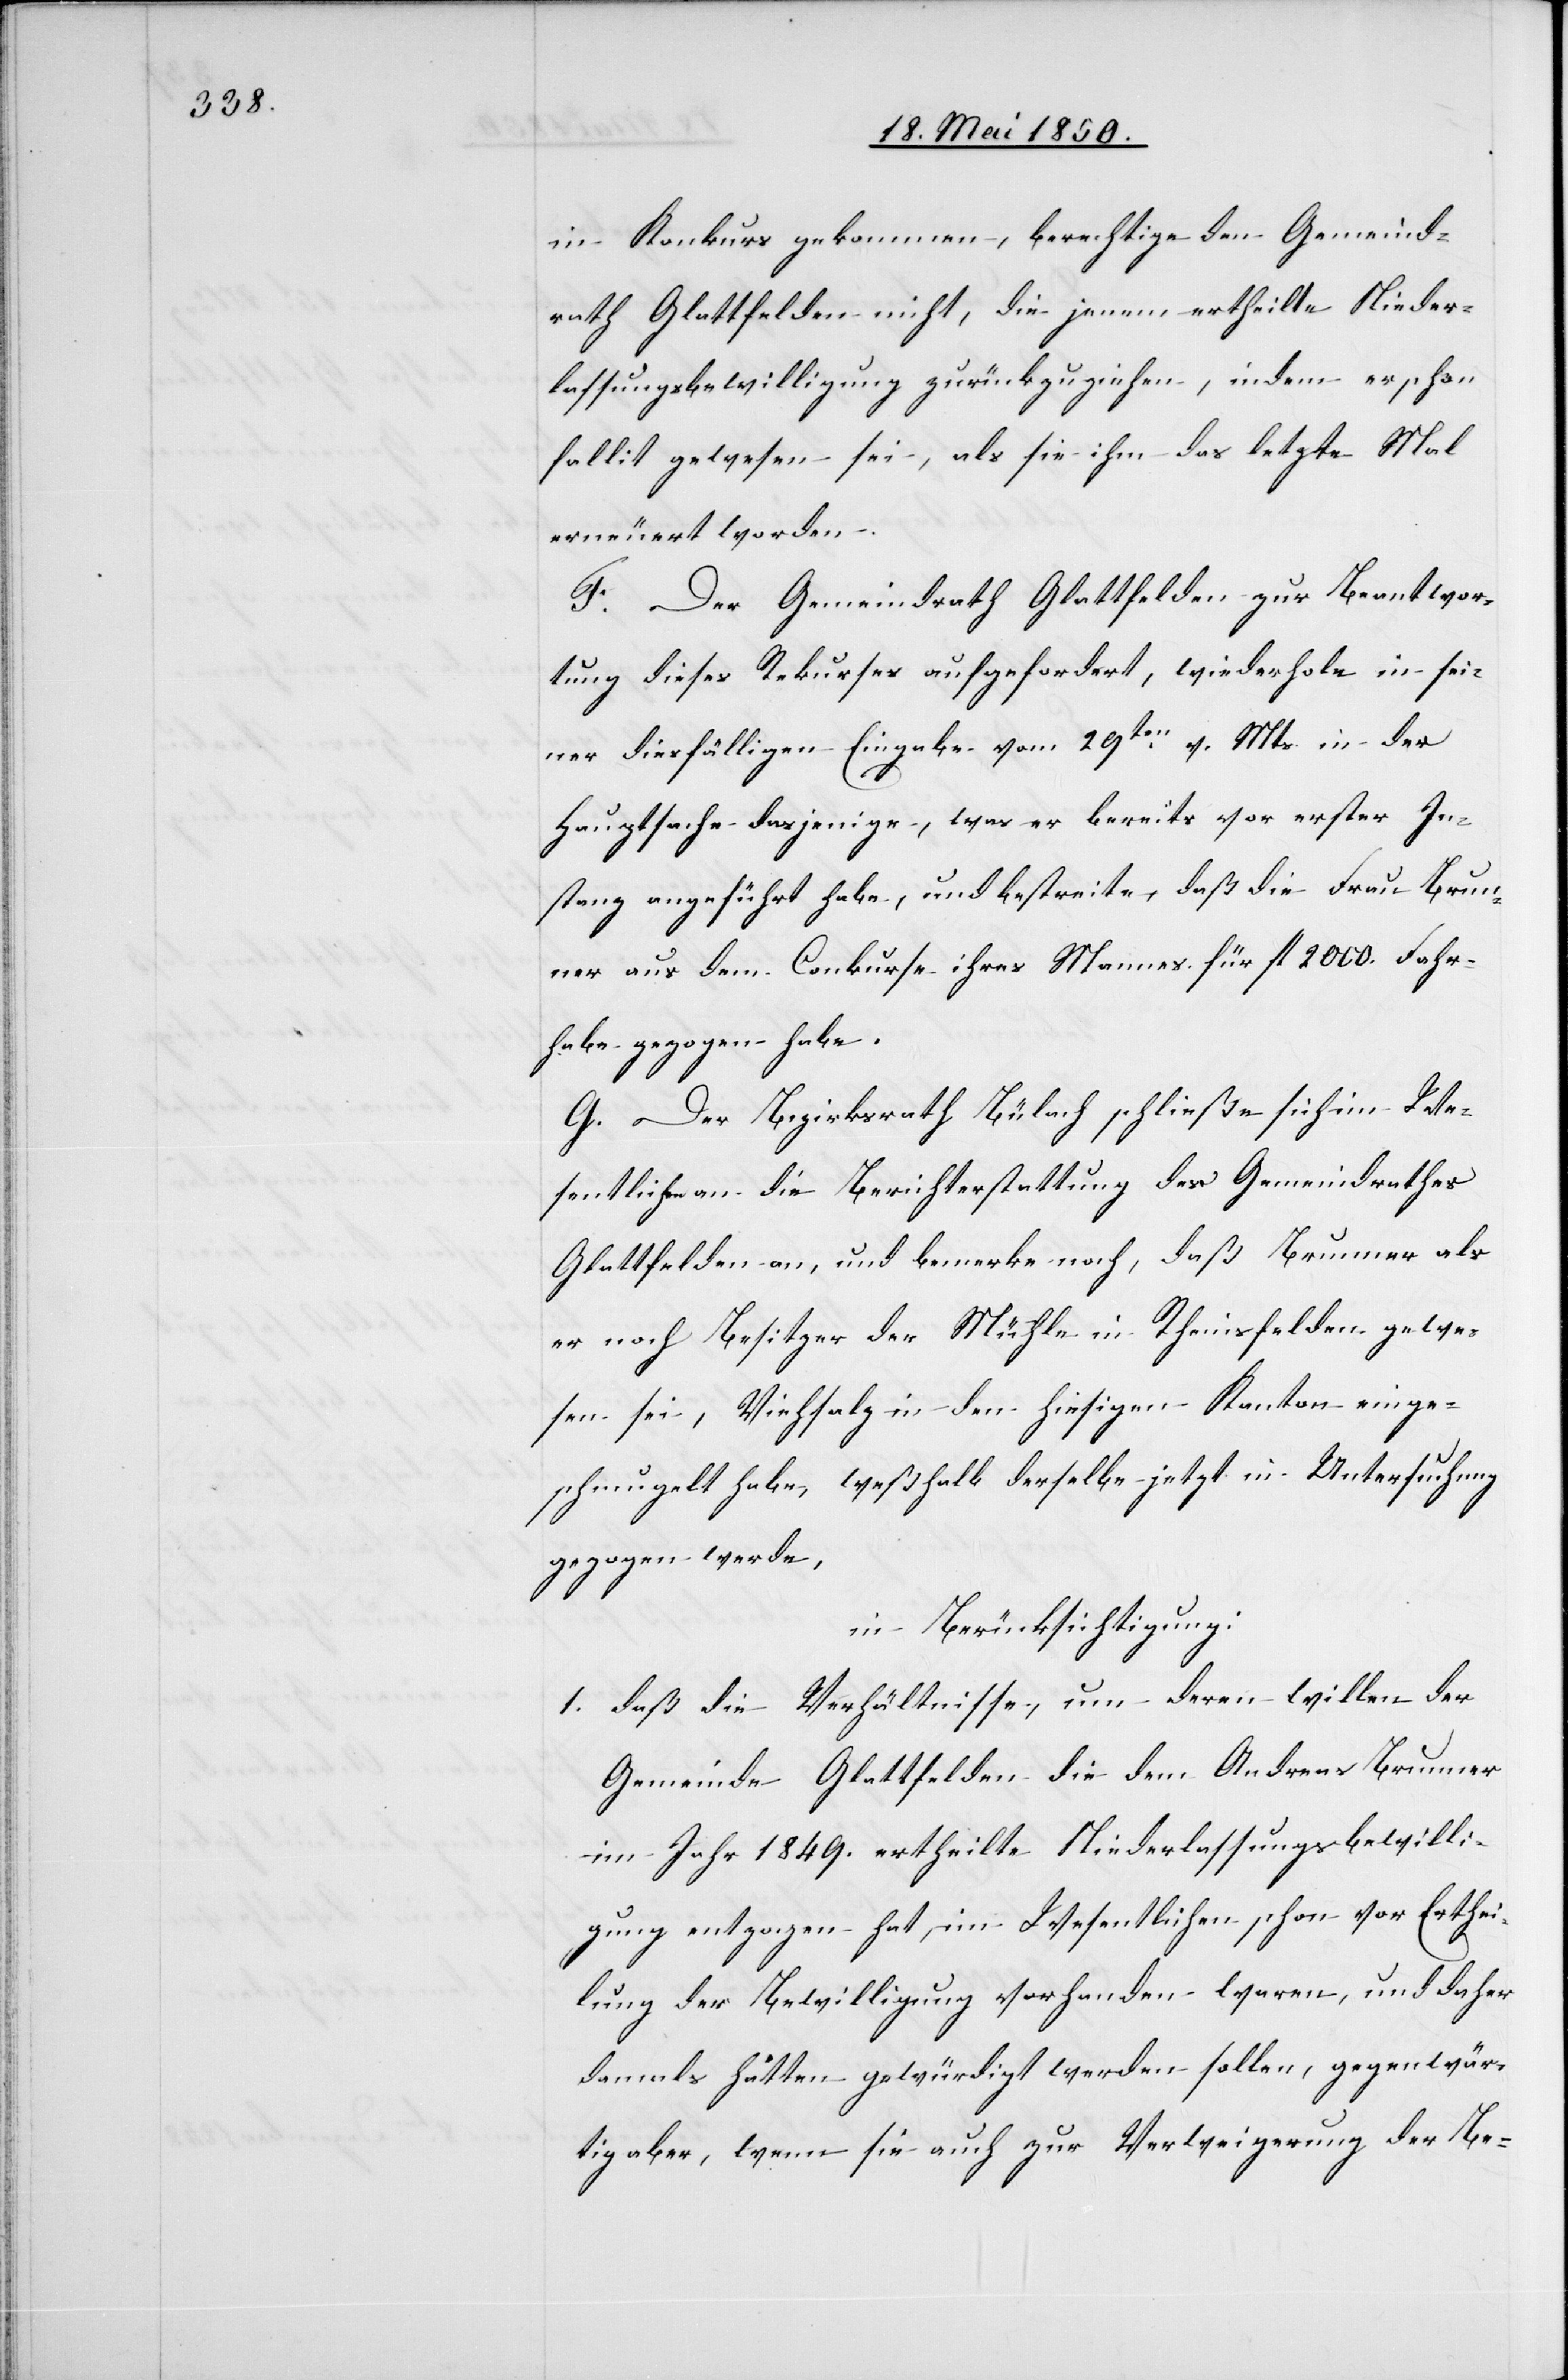
in Konkurs gekommen, berechtige den Gemeind¬
rath Glattfelden nicht, die jenem ertheilte Nieder¬
lassungsbewilligung zurückzuziehen, indem er schon
fallit gewesen sei, als sie ihm das letzte Mal
erneuert worden.
F. Der Gemeindrath Glattfelden zur Beantwor¬
tung dieses Rekurses aufgefordert, wiederhole in sei¬
ner diesfälligen Eingabe vom 29ten v. Mts. in der
Hauptsache dasjenige, was er bereits vor erster In¬
stanz angeführt habe, und bestreite, daß die Frau Brun¬
ner aus dem Conkurse ihres Mannes für fl 2000. Fahr¬
habe gezogen habe.
G. Der Bezirksrath Bülach schließe sich im We¬
sentlichen an die Berichterstattung des Gemeindrathes
Glattfelden an, und bemerke noch, daß Brunner als
er noch Besitzer der Mühle in Rheinsfelden gewe¬
sen sei, Viehsalz in den hiesigen Kanton einge¬
schmugelt habe, weßhalb derselbe jetzt in Untersuchung
gezogen werde,
in Berücksichtigung:
1. daß die Verhältnisse, um deren willen der
Gemeinde Glattfelden die dem Andreas Brunner
im Jahr 1849. ertheilte Niederlassungsbewilli¬
gung entzogen hat, im Wesentlichen schon vor Erthei¬
lung der Bewilligung vorhanden waren, und daher
damals hätten gewürdigt werden sollen, gegenwär¬
tig aber, wenn sie auch zur Verweigerung der Be-